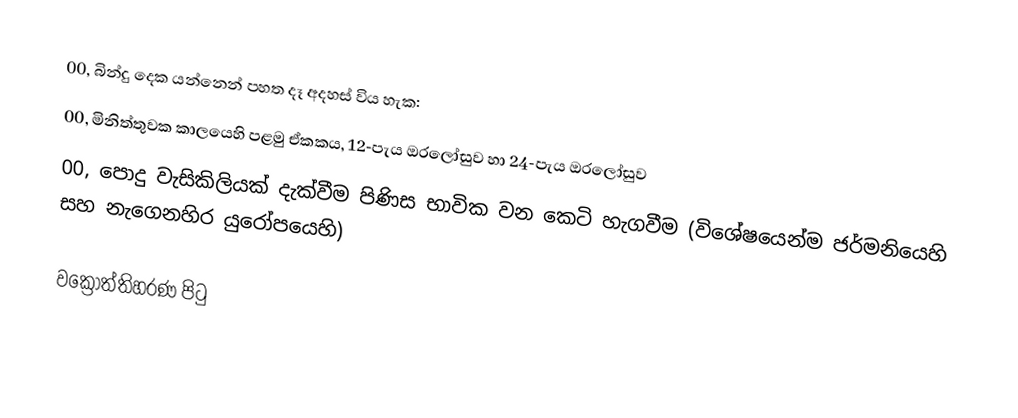
00, බින්දු දෙක යන්නෙන් පහත දෑ අදහස් විය හැක:
 00, මිනිත්තුවක කාලයෙහි පළමු ඒකකය, 12-පැය ඔරලෝසුව හා 24-පැය ඔරලෝසුව
 00, පොදු වැසිකිලියක් දැක්වීම පිණිස භාවික වන කෙටි හැගවීම (විශේෂයෙන්ම ජර්මනියෙහි සහ නැගෙනහිර යුරෝපයෙහි)

වක්‍රෝත්තිහරණ පිටු